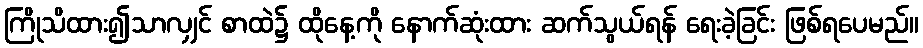
ကြိုသိထား၍သာလျှင် စာထဲ၌ ထိုနေ့ကို နောက်ဆုံးထား ဆက်သွယ်ရန် ရေးခဲ့ခြင်း ဖြစ်ရပေမည်။